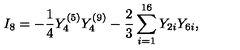
I _ { 8 } = - { \frac { 1 } { 4 } } Y _ { 4 } ^ { ( 5 ) } Y _ { 4 } ^ { ( 9 ) } - { \frac { 2 } { 3 } } \sum _ { i = 1 } ^ { 1 6 } Y _ { 2 i } Y _ { 6 i } ,